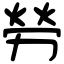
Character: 勞